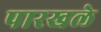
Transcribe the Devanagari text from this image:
पारखले